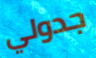
جدولي